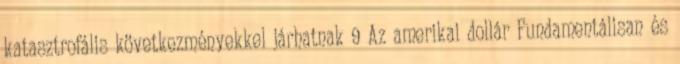
katasztrofális következményekkel járhatnak 9 Az amerikai dollár Fundamentálisan és